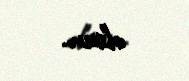
olsun.